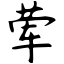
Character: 荤